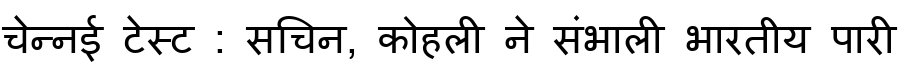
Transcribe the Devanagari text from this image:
चेन्नई टेस्ट : सचिन, कोहली ने संभाली भारतीय पारी